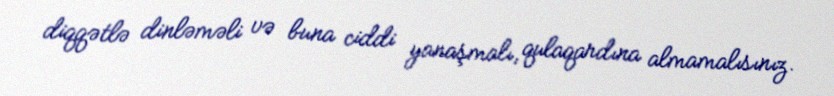
diqqətlə dinləməli və buna ciddi yanaşmalı, qulaqardına almamalısınız.